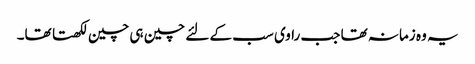
یہ وہ زمانہ تھا جب راوی سب کے لئے چین ہی چین لکھتا تھا۔